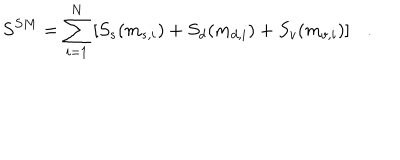
LaTeX: S ^ { S M } = \sum _ { i = 1 } ^ { N } \left[ S _ { s } ( m _ { s , i } ) + S _ { d } ( m _ { d , i } ) + S _ { v } ( m _ { v , i } ) \right] .